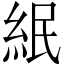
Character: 䋋